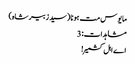
مایوس مت ہونا (سید زبیر شاہ)
مشاہدات: 3
اے اہل کشمیر !